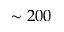
\sim 2 0 0